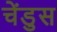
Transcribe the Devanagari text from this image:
चेंडुस